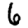
Digit: 6